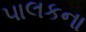
પાલકના